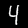
Label: 4